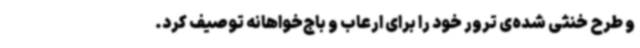
و طرح خنثی شده‌ی ترور خود را برای ارعاب‌ و باج‌خواهانه توصیف کرد.